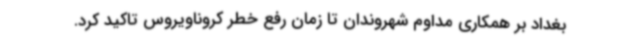
بغداد بر همکاری مداوم شهروندان تا زمان رفع خطر کروناویروس تاکید کرد.